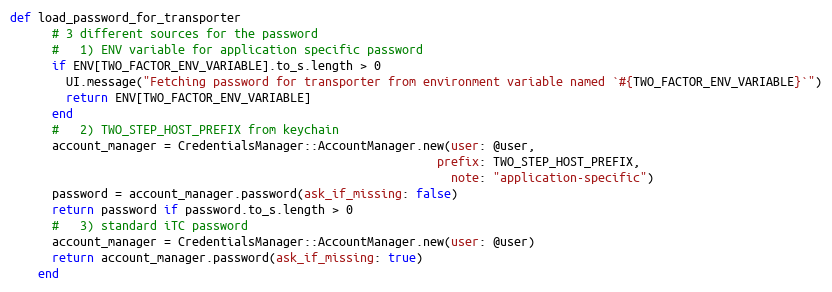
Language: Ruby
def load_password_for_transporter
      # 3 different sources for the password
      #   1) ENV variable for application specific password
      if ENV[TWO_FACTOR_ENV_VARIABLE].to_s.length > 0
        UI.message("Fetching password for transporter from environment variable named `#{TWO_FACTOR_ENV_VARIABLE}`")
        return ENV[TWO_FACTOR_ENV_VARIABLE]
      end
      #   2) TWO_STEP_HOST_PREFIX from keychain
      account_manager = CredentialsManager::AccountManager.new(user: @user,
                                                             prefix: TWO_STEP_HOST_PREFIX,
                                                               note: "application-specific")
      password = account_manager.password(ask_if_missing: false)
      return password if password.to_s.length > 0
      #   3) standard iTC password
      account_manager = CredentialsManager::AccountManager.new(user: @user)
      return account_manager.password(ask_if_missing: true)
    end